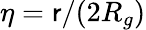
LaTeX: \eta=\mathsf{r}/(2R_{g})